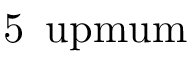
5 \, \mathrm { \ u p m u m }